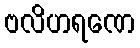
ဗလိဟရဏေ